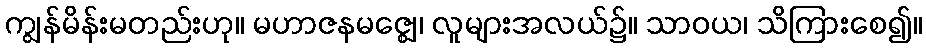
ကျွန်မိန်းမတည်းဟု။ မဟာဇနမဇ္ဈေ၊ လူများအလယ်၌။ သာဝယ၊ သိကြားစေ၍။